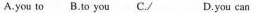
A.you to B.To you C./ D.You can